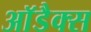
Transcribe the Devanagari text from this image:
आॅडैक्स